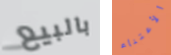
بالبيع الأعتناء